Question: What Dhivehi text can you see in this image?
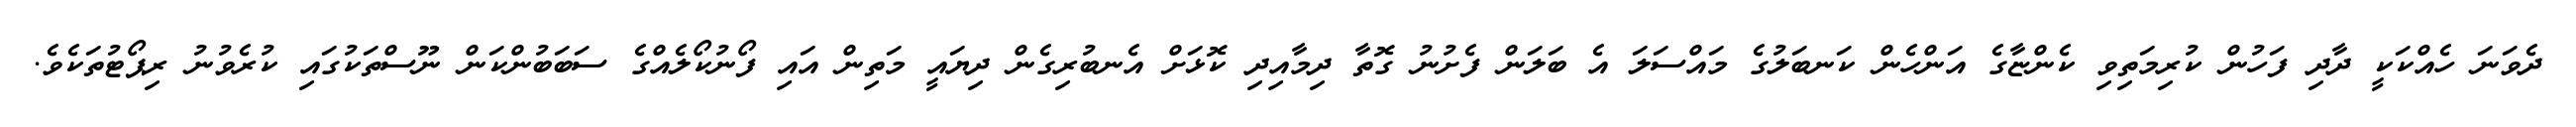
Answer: ދެވަނަ ހެއްކަކީ ދާދި ފަހުން ކުރިމަތިވި ކެންޏާގެ އަންހެން ކަނބަލުގެ މައްސަލަ އެ ބަލަން ފެށުނު ގޮތާ ދިމާއިދި ކޮޅަށް އެނބުރިގެން ދިޔައީ މަތިން އައި ފޯނުކޯލެއްގެ ސަބަބުންކަން ނޫސްތަކުގައި ކުރެވުނު ރިޕޯޓުތަކެވެ.